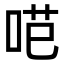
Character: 𭇼